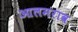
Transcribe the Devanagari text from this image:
आलमराव